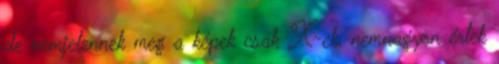
de nemjelennek meg a képek csak X-ek, nemnagyon értek